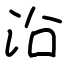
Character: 沿